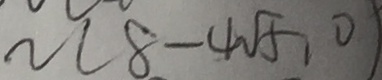
n ( 8 - 4 \sqrt { 5 } , 0 )